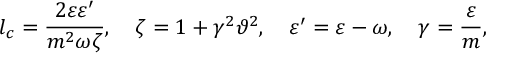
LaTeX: l _ { c } = \frac { 2 \varepsilon \varepsilon ^ { \prime } } { m ^ { 2 } \omega \zeta } , \quad \zeta = 1 + \gamma ^ { 2 } \vartheta ^ { 2 } , \quad \varepsilon ^ { \prime } = \varepsilon - \omega , \quad \gamma = \frac { \varepsilon } { m } ,